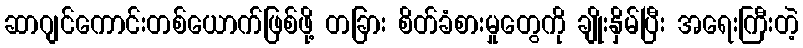
ဆာဂျင်ကောင်းတစ်ယောက်ဖြစ်ဖို့ တခြား စိတ်ခံစားမှုတွေကို ချိုးနှိမ်ပြီး အရေးကြီးတဲ့